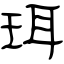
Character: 珥